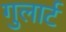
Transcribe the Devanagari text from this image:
गुलार्ट